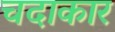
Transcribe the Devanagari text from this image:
चदाकार